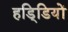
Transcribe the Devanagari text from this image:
हडि्डियों